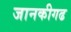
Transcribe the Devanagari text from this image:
जानकीगढ